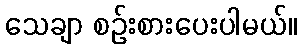
သေချာ စဉ်းစားပေးပါမယ်။